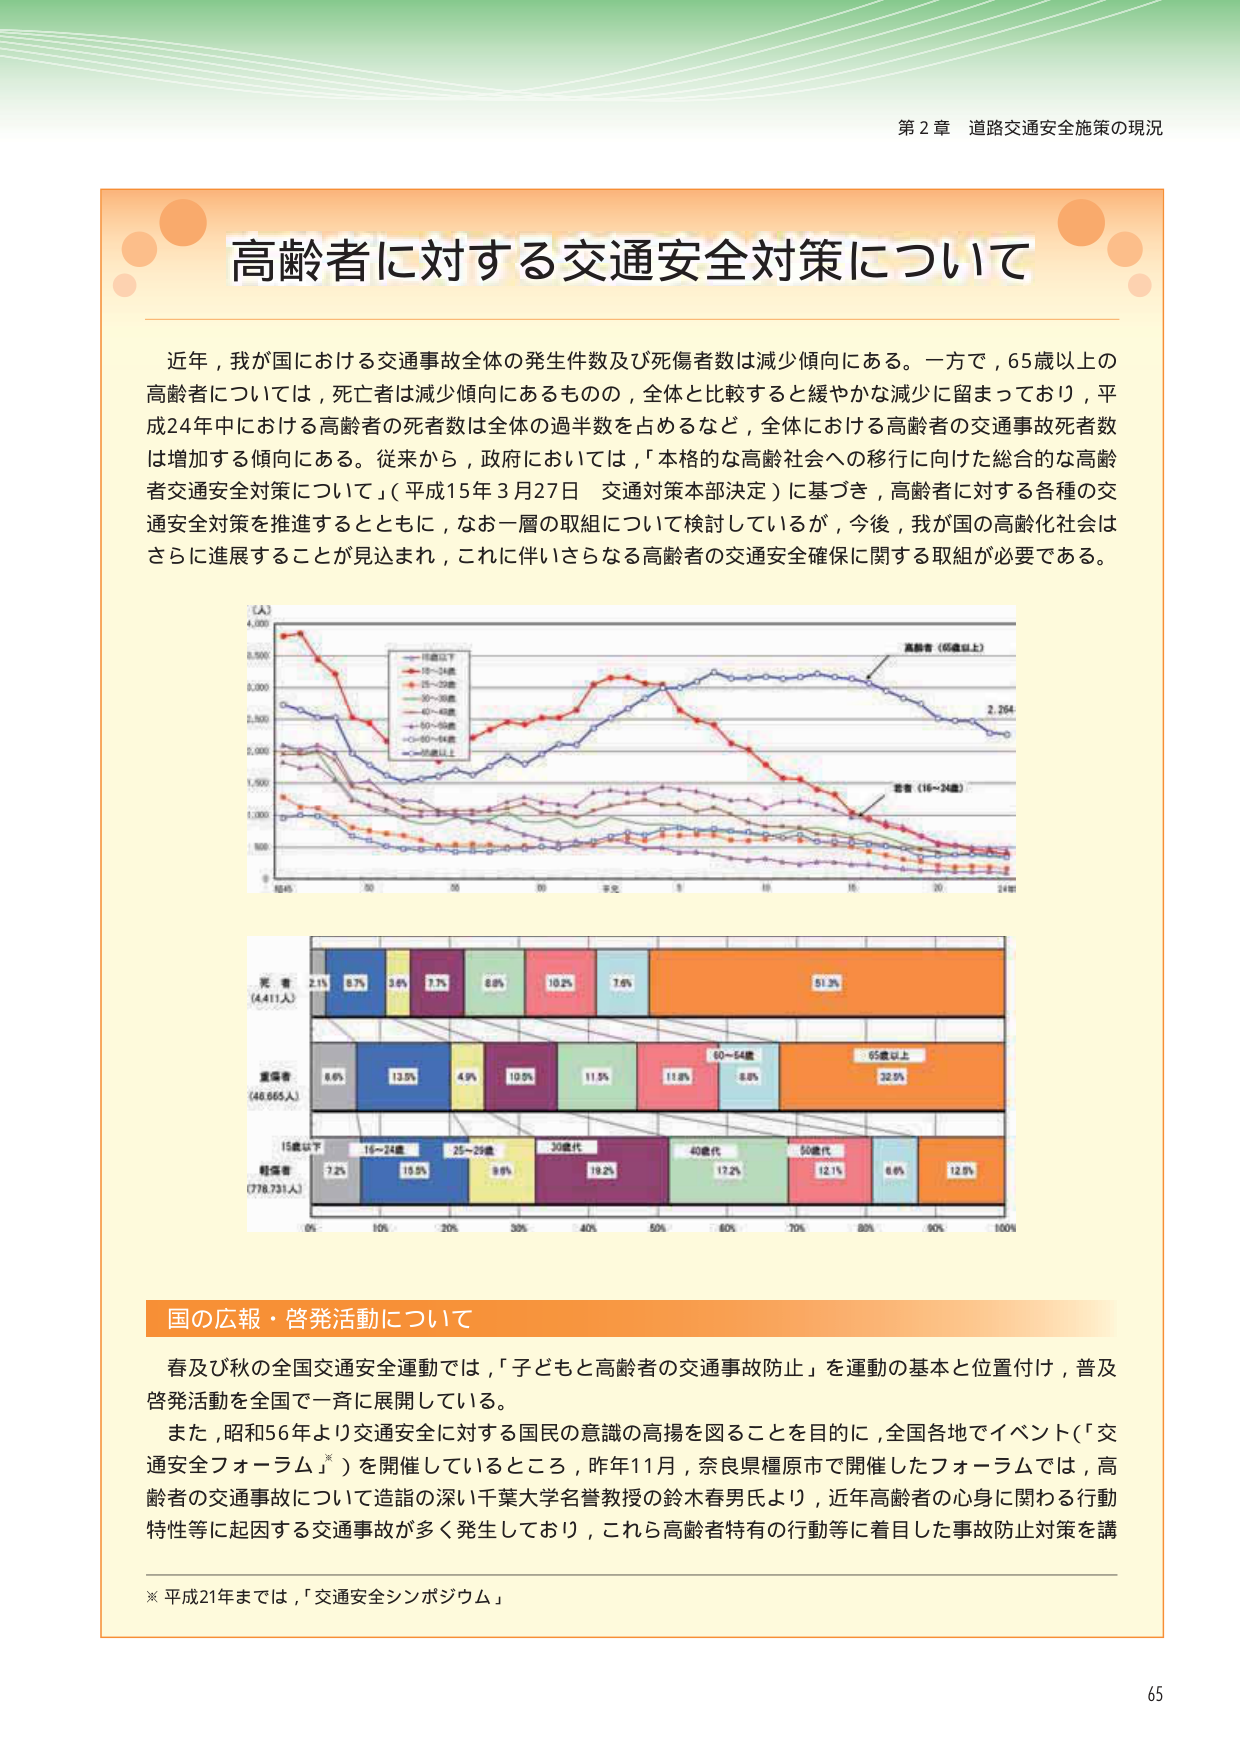
第２章 道路交通安全施策の現況

高齢者に対する交通安全対策について

近年，我が国における交通事故全体の発生件数及び死傷者数は減少傾向にある。一方で，65歳以上の高齢者については，死亡者は減少傾向にあるものの，全体と比較すると緩やかな減少に留まっており，平成24年中における高齢者の死者数は全体の過半数を占めるなど，全体における高齢者の交通事故死者数は増加する傾向にある。従来から，政府においては，「本格的な高齢社会への移行に向けた総合的な高齢者交通安全対策について」（平成15年3月27日 交通対策本部決定）に基づき，高齢者に対する各種の交通安全対策を推進するとともに，なお一層の取組について検討しているが，今後，我が国の高齢化社会はさらに進展することが見込まれ，これに伴いさらなる高齢者の交通安全確保に関する取組が必要である。

（人）
4,000
3,500
3,000
2,500
2,000
1,500
1,000
500
0
8245
'90
'00
'05
'10
'15
'20
'24年
年次
15歳以下
16～24歳
25～39歳
40～59歳
60～64歳
65歳以上
高齢者（65歳以上）
若者（16～24歳）
2,264

死 者
（4,411人）
2.1%
8.7%
3.6%
7.7%
8.8%
10.2%
7.6%
51.3%
重傷者
（46,665人）
6.6%
13.5%
4.9%
10.5%
11.5%
11.8%
8.8%
32.5%
軽傷者
（778,731人）
7.2%
15.5%
9.8%
19.2%
17.2%
12.1%
8.6%
12.8%
15歳以下
16～24歳
25～29歳
30歳代
40歳代
50歳代
60～64歳
65歳以上
0%
10%
20%
30%
40%
50%
60%
70%
80%
90%
100%

国の広報・啓発活動について

春及び秋の全国交通安全運動では，「子どもと高齢者の交通事故防止」を運動の基本と位置付け，普及啓発活動を全国で一斉に展開している。
また，昭和56年より交通安全に対する国民の意識の高揚を図ることを目的に，全国各地でイベント（「交通安全フォーラム」※）を開催しているところ，昨年11月，奈良県橿原市で開催したフォーラムでは，高齢者の交通事故について造詣の深い千葉大学名誉教授の鈴木春男氏より，近年高齢者の心身に関わる行動特性等に起因する交通事故が多く発生しており，これら高齢者特有の行動等に着目した事故防止対策を講

※ 平成21年までは，「交通安全シンポジウム」

65